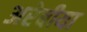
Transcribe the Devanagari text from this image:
अरेबीया